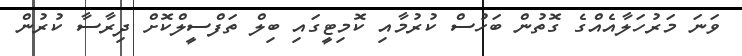
ވަނަ މަރުހަލާއެއްގެ ގޮތުން ބަހުސް ކުރުމާއި ކޮމިޓީގައި ބިލް ތަފްސީލްކޮށް ދިރާސާ ކުރުން